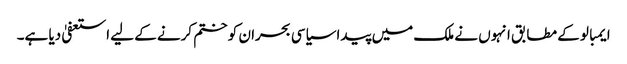
ایمبالو کے مطابق انہوں نے ملک میں پیدا سیاسی بحران کو ختم کرنے کے لیے استعفیٰ دیا ہے۔